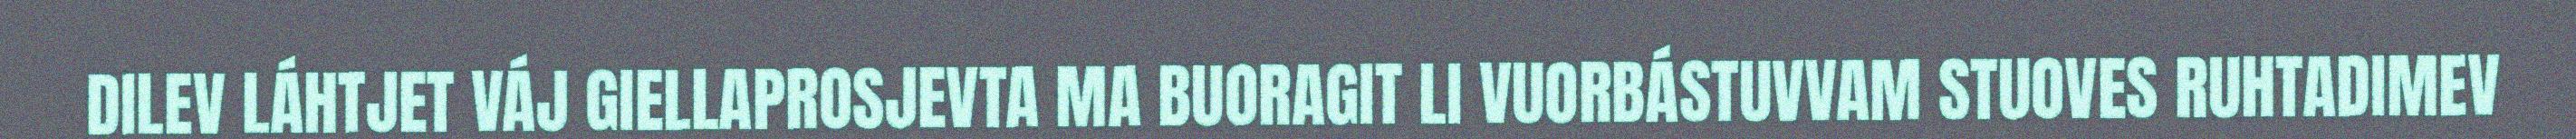
DILEV LÁHTJET VÁJ GIELLAPROSJEVTA MA BUORAGIT LI VUORBÁSTUVVAM STUOVES RUHTADIMEV